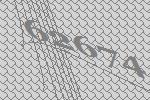
62674